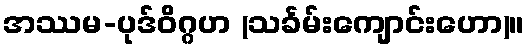
အဿမ-ပုဒ်ဝိဂ္ဂဟ (သင်္ခမ်းကျောင်းဟော)။